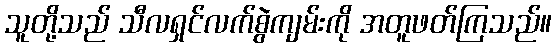
သူတို့သည် သီလရှင်လက်စွဲကျမ်းကို အတူဖတ်ကြသည်။